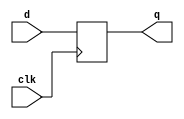
module std_dff (
	clk,
	d,
	q
);
	parameter WIDTH = 8;
	input clk;
	input [WIDTH - 1:0] d;
	output wire [WIDTH - 1:0] q;
	reg [WIDTH - 1:0] dff_q;
	always @(posedge clk) dff_q <= d;
	assign q = dff_q;
endmodule